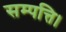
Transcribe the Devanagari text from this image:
सम्पत्ति।